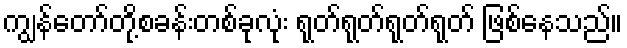
ကျွန်တော်တို့စခန်းတစ်ခုလုံး ရုတ်ရုတ်ရုတ်ရုတ် ဖြစ်နေသည်။